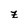
Character: z